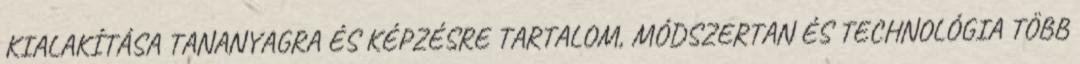
KIALAKÍTÁSA TANANYAGRA ÉS KÉPZÉSRE TARTALOM, MÓDSZERTAN ÉS TECHNOLÓGIA TÖBB